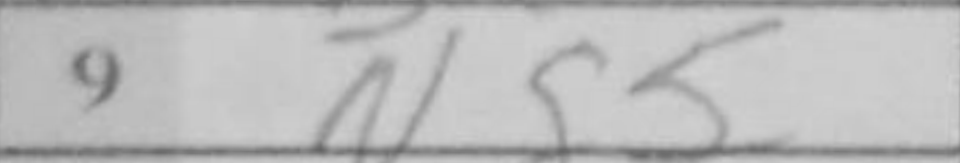
Transcription: Ng5